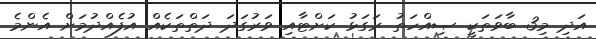
އަދި މި3 ބާވަތަކީ ޞިއްހަތު ރަގަޅު ކަށްޓާއި ވަރުގަދަ ދަތްތަކެއް އުފެއްދުމަށް އެންމެ